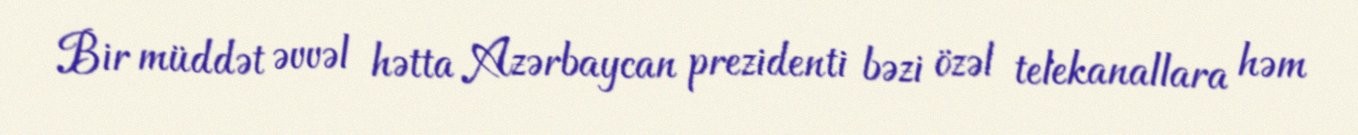
Bir müddət əvvəl hətta Azərbaycan prezidenti bəzi özəl telekanallara həm